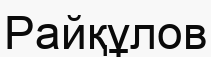
Райқұлов